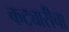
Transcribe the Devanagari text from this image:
कट्यारीचा